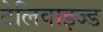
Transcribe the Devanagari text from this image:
टेलिवाइज्ड